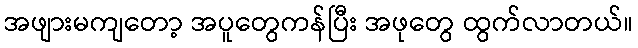
အဖျားမကျတော့ အပူတွေကန်ပြီး အဖုတွေ ထွက်လာတယ်။